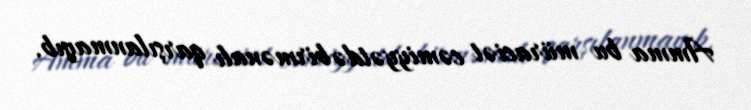
Amma bu müraciət cəmiyyətdə birmənalı qarşılanmayıb.